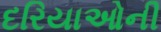
દરિયાઓની